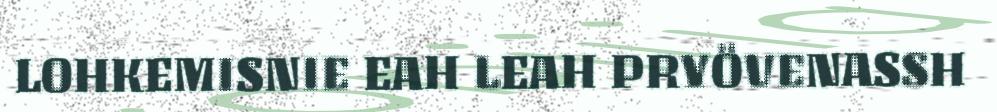
LOHKEMISNIE EAH LEAH PRYÖVENASSH